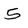
Character: 5